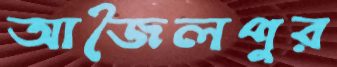
আজৈলপুর